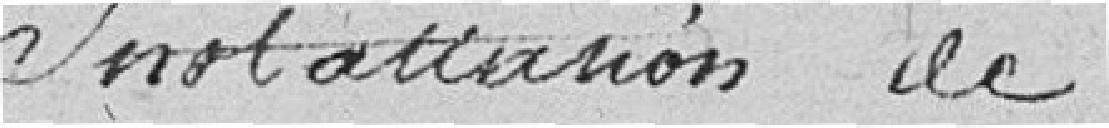
Installation de